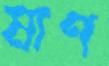
মাণ